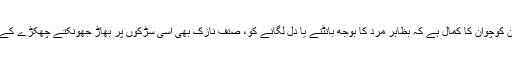
یہ تو اس مہاجن کوچوان کا کمال ہے کہ بظاہر مرد کا بوجھ بانٹنے یا دل لگانے کو، صنفِ نازک بھی اسی سڑکوں پر بھاڑ جھونکتے چھکڑے کے آگے کَس دی۔